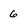
Character: 6